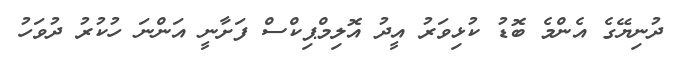
ދުނިޔޭގެ އެންމެ ބޮޑު ކުޅިވަރު އީދު އޮލިމްޕިކްސް ފަށާނީ އަންނަ ހުކުރު ދުވަހު